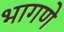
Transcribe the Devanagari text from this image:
भागणे